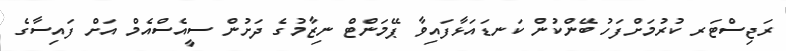
ރަޖިސްޓަރ ކުރުމަށްފަހު ބޭންކުން ކަނޑައަޅާފައިވާ ޕޭމަންޓް ނިޒާމުގެ ދަށުން ސީއެސްއެމް އަށް ފައިސާގެ